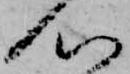
心